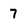
Character: 7